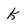
Character: k